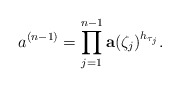
\begin{align*}a^{(n-1)}= \prod_{j=1}^{n-1}\mathbf a(\zeta_j)^{h_{\tau_j}}.\end{align*}